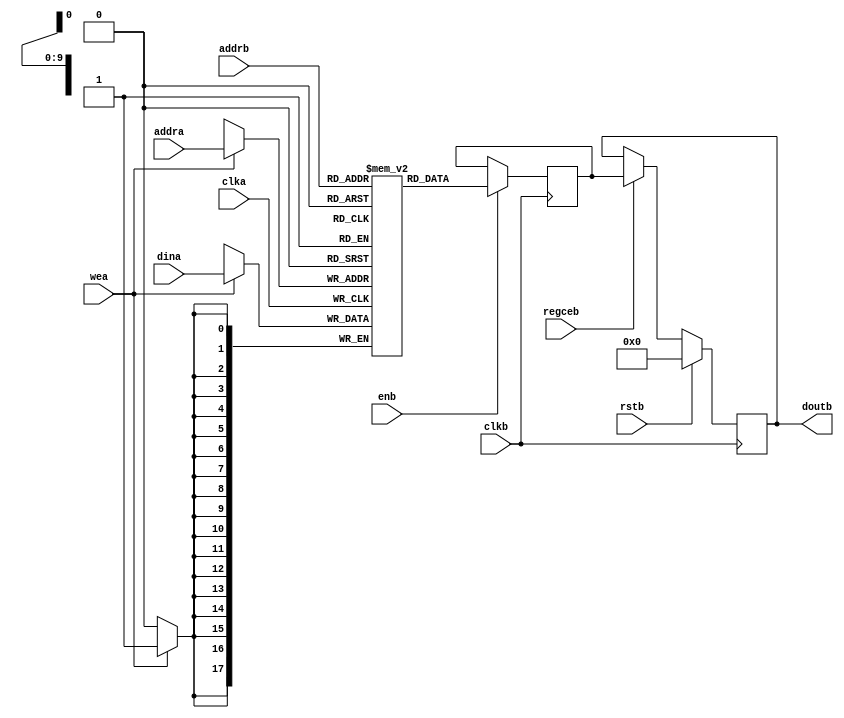
`timescale 1ns / 1ps
//////////////////////////////////////////////////////////////////////////////////
// Company: 
// Engineer: 
// 
// Design Name: 
// Module Name: Memory
// Project Name: 
// Target Devices: 
// Tool Versions: 
// Description: 
// 
// Dependencies: 
// 
// Revision:
// Revision 0.01 - File Created
// Additional Comments:
// 
//////////////////////////////////////////////////////////////////////////////////


module Memory #(
  parameter RAM_WIDTH = 18,                       // Specify RAM data width
  parameter RAM_DEPTH = 1024,                     // Specify RAM depth (number of entries)
  parameter INIT_FILE = "",                       // Specify name/location of RAM initialization file if using one (leave blank if not)
  parameter RAM_PERFORMANCE = "HIGH_PERFORMANCE"  // Select "HIGH_PERFORMANCE" or "LOW_LATENCY" 

) (
  input [clogb2(RAM_DEPTH)-1:0] addra, // Write address bus, width determined from RAM_DEPTH
  input [clogb2(RAM_DEPTH)-1:0] addrb, // Read address bus, width determined from RAM_DEPTH
  input [RAM_WIDTH-1:0] dina,          // RAM input data
  input clka,                          // Write clock
  input clkb,                          // Read clock
  input wea,                           // Write enable
  input enb,                           // Read Enable, for additional power savings, disable when not in use
  input rstb,                          // Output reset (does not affect memory contents)
  input regceb,                        // Output register enable
  output [RAM_WIDTH-1:0] doutb         // RAM output data
);

  reg [RAM_WIDTH-1:0] BRAM [RAM_DEPTH-1:0];
  reg [RAM_WIDTH-1:0] ram_data = {RAM_WIDTH{1'b0}};

  // The following code either initializes the memory values to a specified file or to all zeros to match hardware
  generate
    if (INIT_FILE != "") begin: use_init_file
      initial
        $readmemh(INIT_FILE, BRAM, 0, RAM_DEPTH-1);
    end else begin: init_bram_to_zero
      integer ram_index;
      initial
        for (ram_index = 0; ram_index < RAM_DEPTH; ram_index = ram_index + 1)
          BRAM[ram_index] = {RAM_WIDTH{1'b0}};
    end
  endgenerate

  always @(posedge clka)
    if (wea)
      BRAM[addra] <= dina; 
       
  always @(posedge clkb)
    if (enb)
      ram_data <= BRAM[addrb];

  //  The following code generates HIGH_PERFORMANCE (use output register) or LOW_LATENCY (no output register)
  generate
    if (RAM_PERFORMANCE == "LOW_LATENCY") begin: no_output_register

      // The following is a 1 clock cycle read latency at the cost of a longer clock-to-out timing
       assign doutb = ram_data;

    end else begin: output_register

      // The following is a 2 clock cycle read latency with improve clock-to-out timing

      reg [RAM_WIDTH-1:0] doutb_reg = {RAM_WIDTH{1'b0}};

      always @(posedge clkb)
        if (rstb)
          doutb_reg <= {RAM_WIDTH{1'b0}};
        else if (regceb)
          doutb_reg <= ram_data;

      assign doutb = doutb_reg;

    end
  endgenerate

  //  The following function calculates the address width based on specified RAM depth
  function integer clogb2;
    input integer depth;
      for (clogb2=0; depth>1; clogb2=clogb2+1)
        depth = depth >> 1;
  endfunction

endmodule